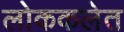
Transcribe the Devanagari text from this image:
लोककलेत